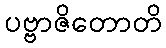
ပဗ္ဗာဇိတောတိ